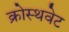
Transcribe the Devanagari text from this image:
क्रोस्थवेट